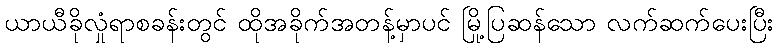
ယာယီခိုလှုံရာစခန်းတွင် ထိုအခိုက်အတန့်မှာပင် မြို့ပြဆန်သော လက်ဆက်ပေးပြီး